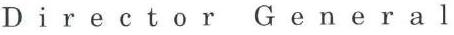
Director General